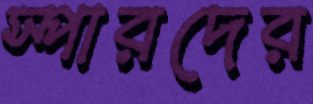
স্পারদের